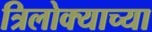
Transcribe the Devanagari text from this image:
त्रिलोक्याच्या